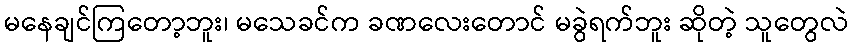
မနေချင်ကြတော့ဘူး၊ မသေခင်က ခဏလေးတောင် မခွဲရက်ဘူး ဆိုတဲ့ သူတွေလဲ